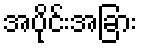
အပိုင်းအခြား